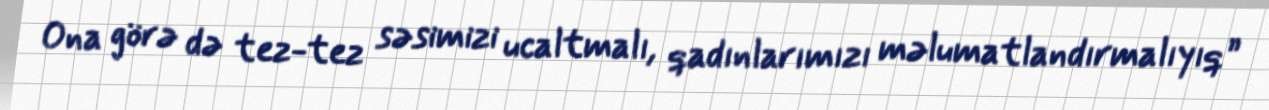
Ona görə də tez-tez səsimizi ucaltmalı, qadınlarımızı məlumatlandırmalıyıq”